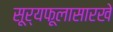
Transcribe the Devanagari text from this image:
सूर्यफूलासारखे